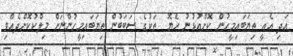
އަދި އެއީ ތިޔަބައިމީހުން ކޮށްއުޅުނު ހެޔޮ  ތަކުގެ ސަބަބުން ތިޔަބައިމީހުންނަށް މިލްކުކޮށްދެއްވި